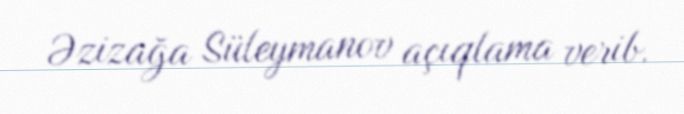
Əzizağa Süleymanov açıqlama verib.